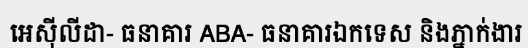
អេស៊ីលីដា- ធនាគារ ABA- ធនាគារឯកទេស និងភ្នាក់ងារ